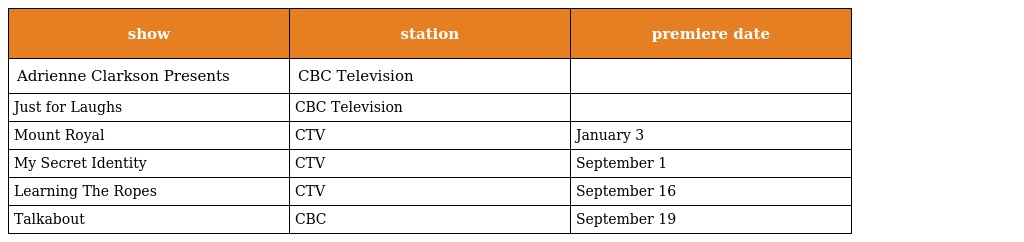
| show | station | premiere date |
 | --- | --- | --- |
 | Adrienne Clarkson Presents | CBC Television |  |
 | Just for Laughs | CBC Television |  |
 | Mount Royal | CTV | January 3 |
 | My Secret Identity | CTV | September 1 |
 | Learning The Ropes | CTV | September 16 |
 | Talkabout | CBC | September 19 |